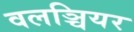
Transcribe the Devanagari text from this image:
वलञ्चियर